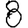
Digit: 8